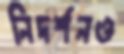
নিদর্শনও